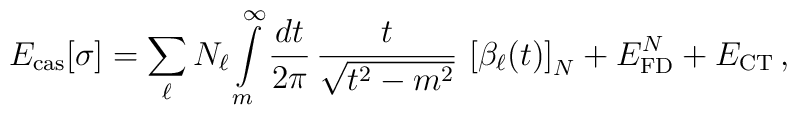
E_{\rm cas}[\sigma]=\sum\limits_{\ell} N_\ell \int\limits_m^\infty\frac{d t}{2\pi}\,\frac{t}{\sqrt{t^2-m^2}}\,\left[\beta_\ell(t)\right]_{N}+ E_{\rm FD}^{N} + E_{\rm CT} \,,